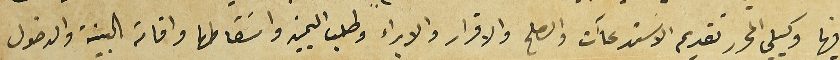
فيها وكيلي المحرر تقديم الاستدعاآت والصلح والاقرار والابراء وطلب التمييز واسَقاطها واقامة البينة والدخول